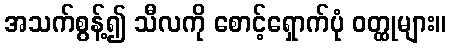
အသက်စွန့်၍ သီလကို စောင့်ရှောက်ပုံ ဝတ္ထုများ။